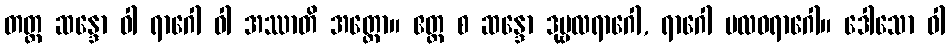
တတ္ထ ဆန္ဒော ဝါ ရာဂေါ ဝါ အဿာတိ အတ္ထော။ ဧတ္ထ စ ဆန္ဒော ဒုဗ္ဗလရာဂေါ, ရာဂေါ ဗလဝရာဂေါ။ ဒေါသော ဝါ